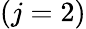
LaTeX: (j=2)